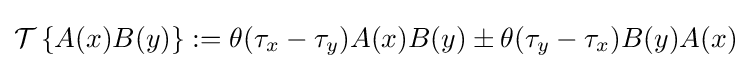
{\mathcal {T}}\left\{A(x)B(y)\right\}:=\theta (\tau _{x}-\tau _{y})A(x)B(y)\pm \theta (\tau _{y}-\tau _{x})B(y)A(x)